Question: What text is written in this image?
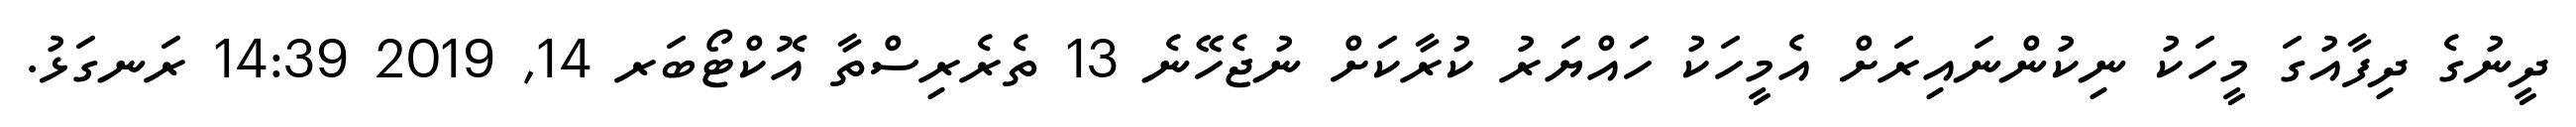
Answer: ދީނުގެ ދިފާއުގަ މީހަކު ނިކުންނައިރަށް އެމީހަކު ހައްޔަރު ކުރާކަށް ނުޖެހޭނެ 13 ތެރެރިސްތާ އޮކްޓޯބަރ 14, 2019 14:39 ރަނގަޅު.